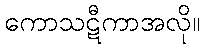
ကောသဋီကာအလို။